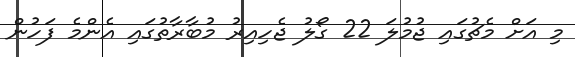
މި އަށް މެޗުގައި ޖުމުލަ 22 ގޯލު ޖެހިއިރު މުބާރާތުގައި އެންމެ ފަހުން